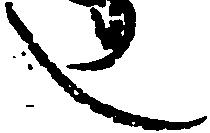
し